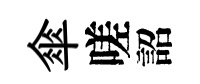
傘嗟詔